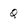
Character: Q